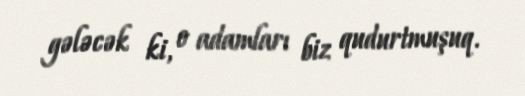
gələcək ki, o adamları biz qudurtmuşuq.